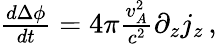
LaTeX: \begin{array}{r}{\frac{d\Delta\phi}{dt}=4\pi\frac{v_{A}^{2}}{c^{2}}\partial_{z}j_{z}\, ,}\end{array}